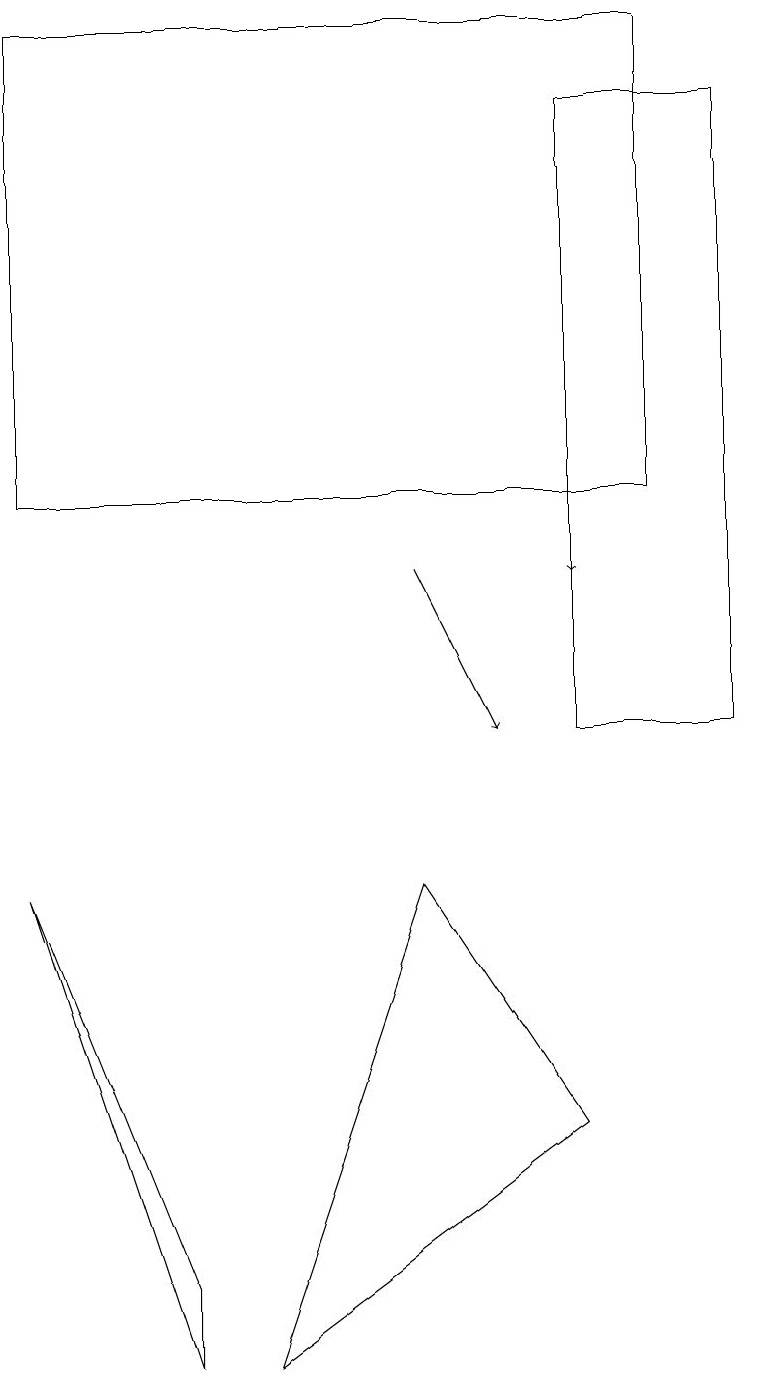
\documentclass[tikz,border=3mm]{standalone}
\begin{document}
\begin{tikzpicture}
\draw (0,19) rectangle (8,13);
\draw (5,8) -- (3,2) -- (7,5) -- cycle;
\draw (5,19) rectangle (1,19);
\draw[->] (5,12) -- (6,10);
\draw (2,2) -- (0,8) -- (2,3) -- cycle;
\draw (9,18) rectangle (7,10);
\draw[->] (7,13) -- (7,12);
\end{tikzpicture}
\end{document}